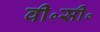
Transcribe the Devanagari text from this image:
वी॰सी॰